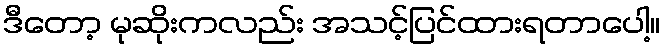
ဒီတော့ မုဆိုးကလည်း အသင့်ပြင်ထားရတာပေါ့။